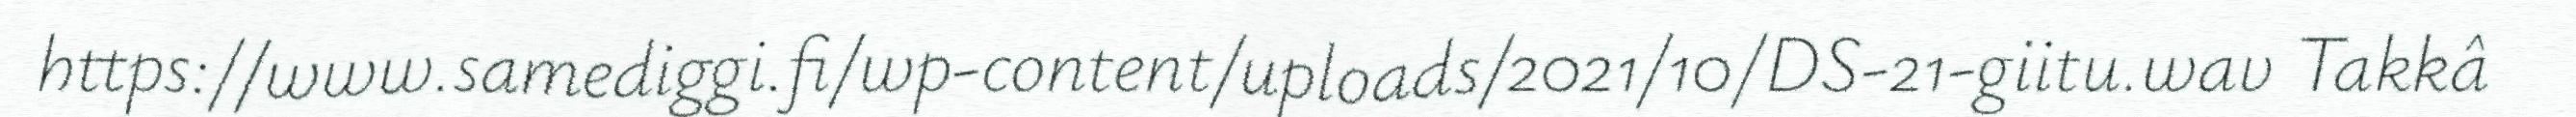
https://www.samediggi.fi/wp-content/uploads/2021/10/DS-21-giitu.wav Takkâ